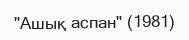
"Ашық аспан" (1981)